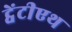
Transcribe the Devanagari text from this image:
ट्वेंटीएथ